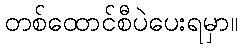
တစ်ထောင်စီပဲပေးရမှာ။